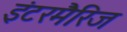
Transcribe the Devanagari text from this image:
इंटरमैरिज